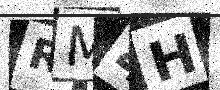
Text: RM4H